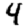
Digit: 4